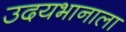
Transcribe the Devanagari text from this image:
उदयभानाला